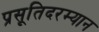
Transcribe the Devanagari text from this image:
प्रसूतिदरम्यान